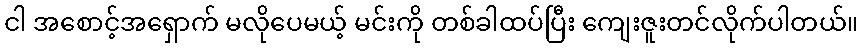
ငါ အစောင့်အရှောက် မလိုပေမယ့် မင်းကို တစ်ခါထပ်ပြီး ကျေးဇူးတင်လိုက်ပါတယ်။